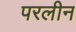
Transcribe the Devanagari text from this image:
परलीन